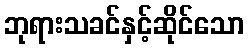
ဘုရားသခင်နှင့်ဆိုင်သော